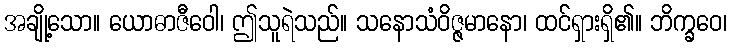
အချို့သော။ ယောဓာဇီဝေါ၊ ဤသူရဲသည်။ သနောသံဝိဇ္ဇမာနော၊ ထင်ရှားရှိ၏။ ဘိက္ခဝေ၊